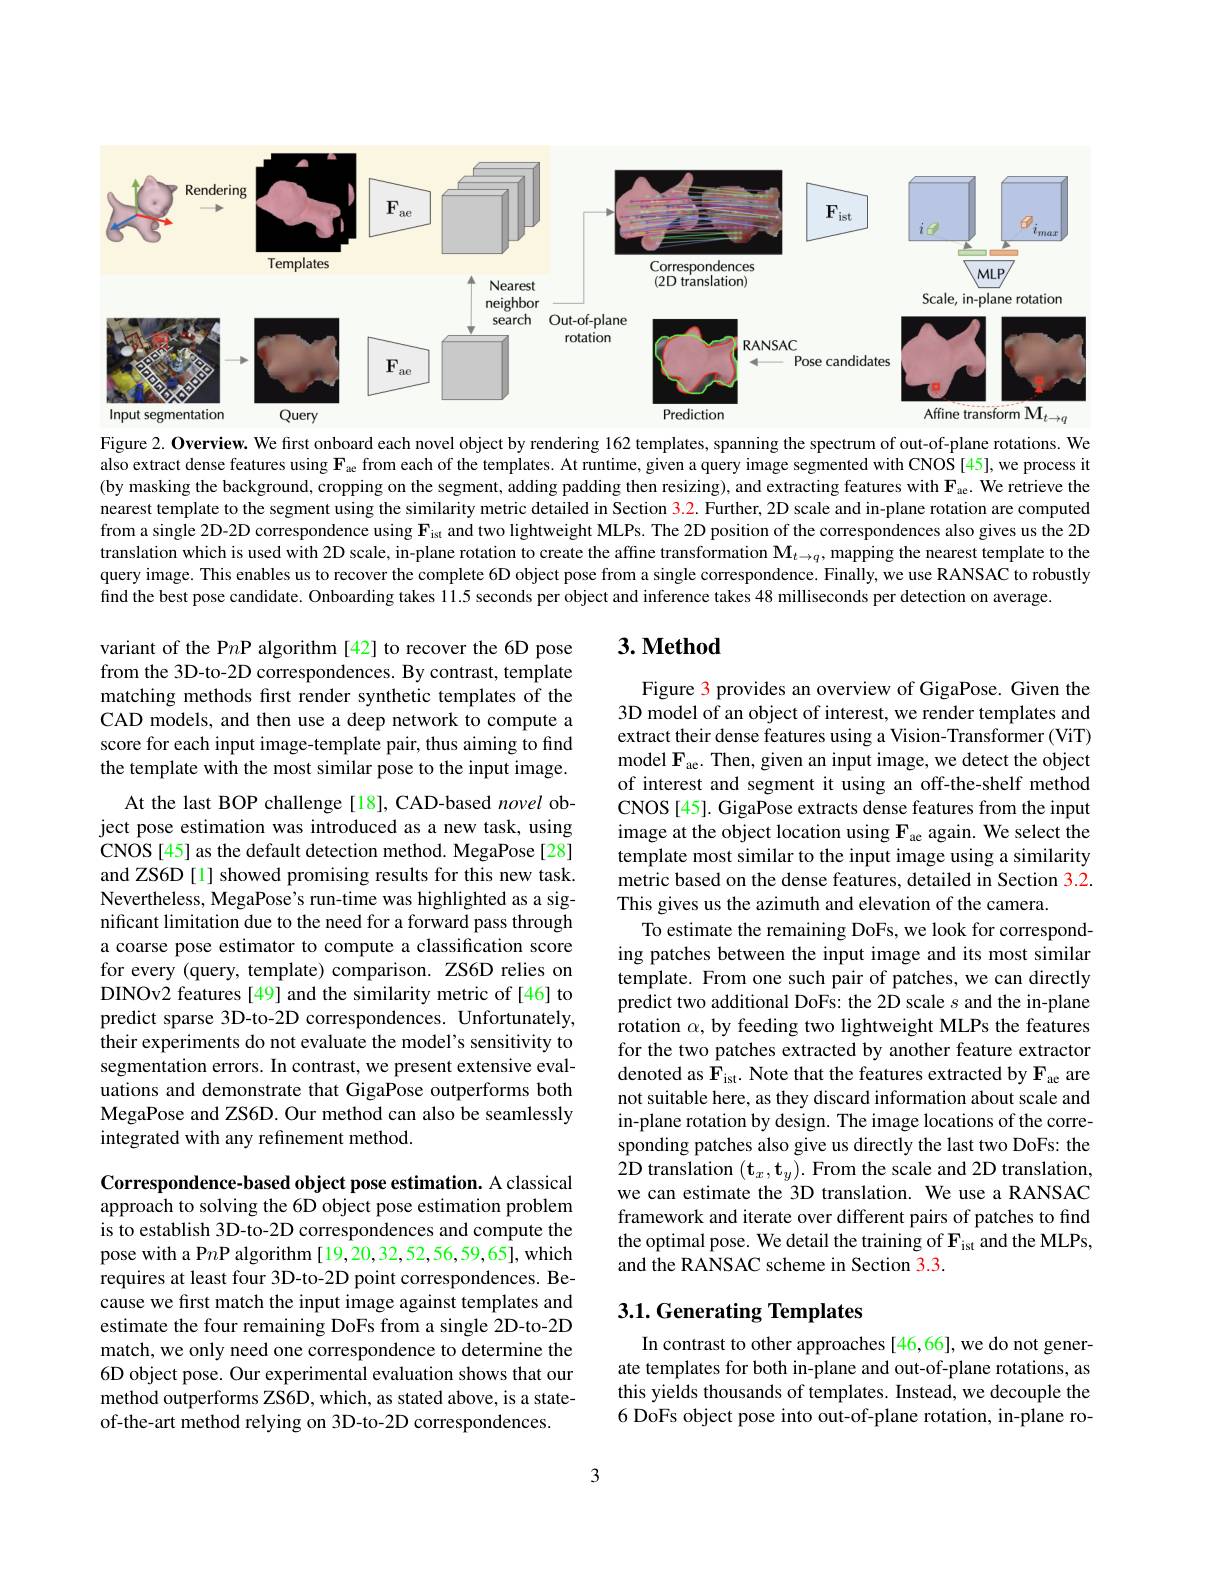
<FigureHere>

Figure 2. Overview. We first onboard each novel object by rendering 162 templates, spanning the spectrum of out-of-plane rotations. We also extract dense features using $\mathbf{F}_{\mathrm{ae}}$ from each of the templates. At runtime, given a query image segmented with CNOS [45], we process it (by masking the background, cropping on the segment, adding padding then resizing), and extracting features with $\mathbf{F}_{\mathrm{ae}}.$ We retrieve the nearest template to the segment using the similarity metric detailed in Section $\color{red}{3.2.}$ Further, 2D scale and in-plane rotation are computed from a single 2D-2D correspondence using $\mathbf{F}_{ist}$ and two lightweight MLPs. The 2D position of the correspondences also gives us the 2D translation which is used with 2D scale, in-plane rotation to create the affine transformation $\mathbf{M}_{t\to q}$, mapping the nearest template to the query image. This enables us to reccover the complete 6D object pose from a single correspondence. Finally, we use RANSAC to robustly find the best pose candidate. Onboarding takes 11.5 seconds per object and inference takes 48 milliseconds per detection on average

## $3. \textbf{Method}$

variant of the P$n$P algorithm [42] to recover the 6D pose from the 3D-to-2D correspondences. By contrast, template matching methods first render synthetic templates of the CAD models, and then use a deep network to compute a score for each input image-template pair, thus aiming to find the template with the most similar pose to the input image.
At the last BOP challenge[18], CAD-based novel object pose estimation was introduced as a new task, using CNOS[45] as the default detection method. MegaPose[28] and ZS6D [1] showed promising results for this new task. Nevertheless, MegaPose's run-time was highlighted as a significant limitation due to the need for a forward pass through a coarse pose estimator to compute a classification score for every (query, template) comparison. ZS6D relies on DINOv2 features [49] and the similarity metric of [46] to predict sparse 3D-to-2D correspondences. Unfortunately, their experiments do not evaluate the model's sensitivity to segmentation errors. In contrast, we present extensive evaluations and demonstrate that GigaPose outperforms both MegaPose and ZS6D. Our method can also be seamlessly integrated with any refinement method.

Figure 3 provides an overview of GigaPose. Given the 3D model of an object of interest, we render templates and extract their dense features using a Vision-Transformer (ViT) model $\mathbf{F}_{\mathrm{ae}}.$ Then, given an input image, we detect the object of interest and segment it using an off-the-shelf method CNOS [45]. GigaPose extracts dense features from the input image at the object location using $\mathbf{F}_{\mathrm{ae}}$ again. We select the template most similar to the input image using a similarity metric based on the dense features, detailed in Section 3.2. This gives us the azimuth and elevation of the camera.
To estimate the remaining DoFs, we look for corresponding patches between the input image and its most similar template. From one such pair of patches, we can directly predict two additional DoFs: the 2D scale $s$ and the in-plane rotation $\alpha$, by feeding two lightweight MLPs the features for the two patches extracted by another feature extractor denoted as $\mathbf{F}_\mathrm{ist}.$ Note that the features extracted by F$_\mathrm{ae}$ are not suitable here, as they discard information about scale and in-plane rotation by design. The image locations of the corresponding patches also give us directly the last two DoFs: the 2D translation $(\mathbf{t}_x,\mathbf{t}_y).$ From the scale and 2D translation, we can estimate the 3D translation. We use a RANSAC framework and iterate over different pairs of patches to find the optimal pose. We detail the training of $\mathbf{F}_{\mathrm{ist}}$ and the MLPs, and the RANSAC scheme in Section 3.3

Correspondence-based object pose estimation. A classical approach to solving the 6D object pose estimation problem is to establish 3D-to-2D correspondences and compute the pose with a P$n$P algorithm [19,20,32,52,56,59,65], which requires at least four 3D-to-2D point correspondences. Because we first match the input image against templates and estimate the four remaining DoFs from a single 2D-to-2D match, we only need one correspondence to determine the 6D object pose. Our experimental evaluation shows that our method outperforms ZS6D, which, as stated above, is a stateof-the-art method relying on 3D-to-2D correspondences.

## 3.1. Generating Templates

In contrast to other approaches [46,66], we do not generate templates for both in-plane and out-of-plane rotations, as this yields thousands of templates. Instead, we decouple the 6 DoFs object pose into out-of-plane rotation, in-plane ro-

3